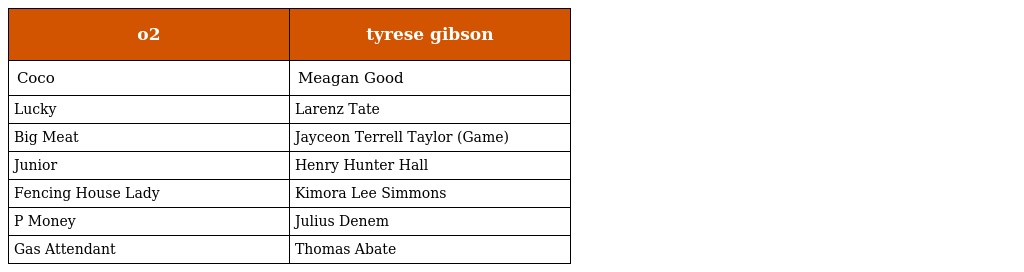
| o2 | tyrese gibson |
 | --- | --- |
 | Coco | Meagan Good |
 | Lucky | Larenz Tate |
 | Big Meat | Jayceon Terrell Taylor (Game) |
 | Junior | Henry Hunter Hall |
 | Fencing House Lady | Kimora Lee Simmons |
 | P Money | Julius Denem |
 | Gas Attendant | Thomas Abate |